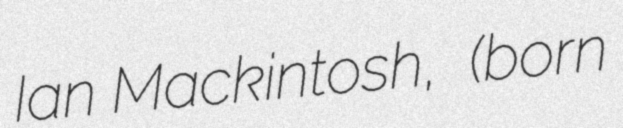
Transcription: Ian Mackintosh,  (born